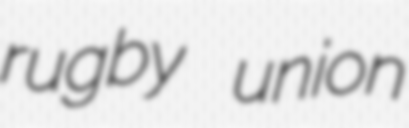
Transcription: rugby union